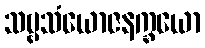
သဗ္ဗသံယောဇနက္ခယော